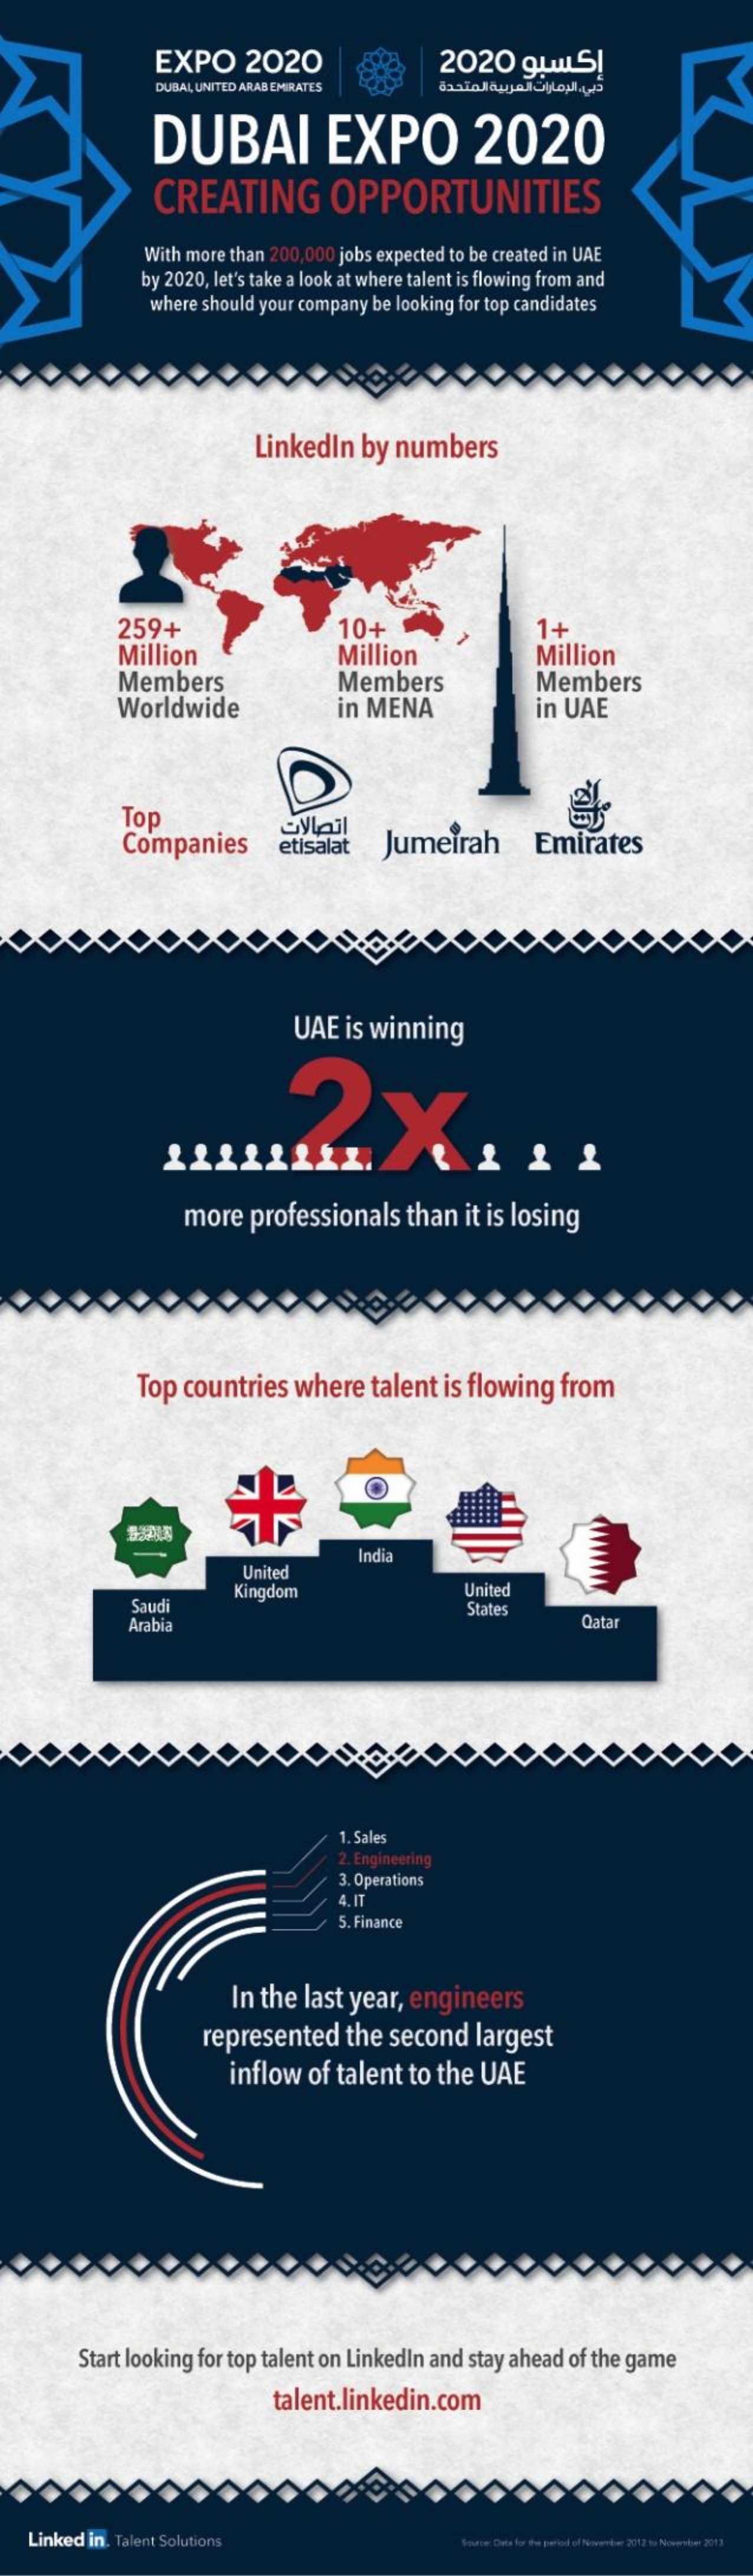
EXPO    2020    2020    gLUIS|
     DUBAL UNITED ARAB EMIRATES
     DUBAI    EXPO    2020
     CREATING    OPPORTUNITIES
     With more than 200,000 jobs expected to be created in UAE
     by 2020, let's take a look at where talent is flowing from and
     where should your company be looking for top candidates
     Linkedin   by  numbers
     259+    10+
     Million    Million
     1+
     Million
     Members
     Worldwide
     Members
     in MENA
     Members
     in UAE
     Top
     Companies
     Oylail
     etisalat   Jumeirah    Emirates
     UAE   is winning
     2X
     more   professionals    than  it is losing
     Top countries   where    talent  is flowing  from
     United
     India
     Saudi
     Kingdom    United
     Arabia
     States
     Qatar
     1. Sales
     2. Engineering
     3. Operations
     4.IT
     5. Finance
     In the  last year,  engineers
     represented    the  second   largest
     inflow   of talent  to the UAE
     Start looking for top talent on Linkedin and stay ahead of the game
     talent.linkedin.com
   Linked in. Talent Solutions    Source: Date for the period of November 2017 to November 2017